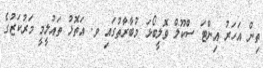
ތިން އަހަރު އިންޓަ ސްކޫލް ވޮލީބޯޅަ މުބާރާތުގައި ވ. އަތޮޅު ތައުލީމީ މަރުކަޒުގެ